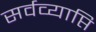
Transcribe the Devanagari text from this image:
सर्वव्याप्ति